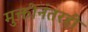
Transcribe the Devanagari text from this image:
मुक्तीनंतरही